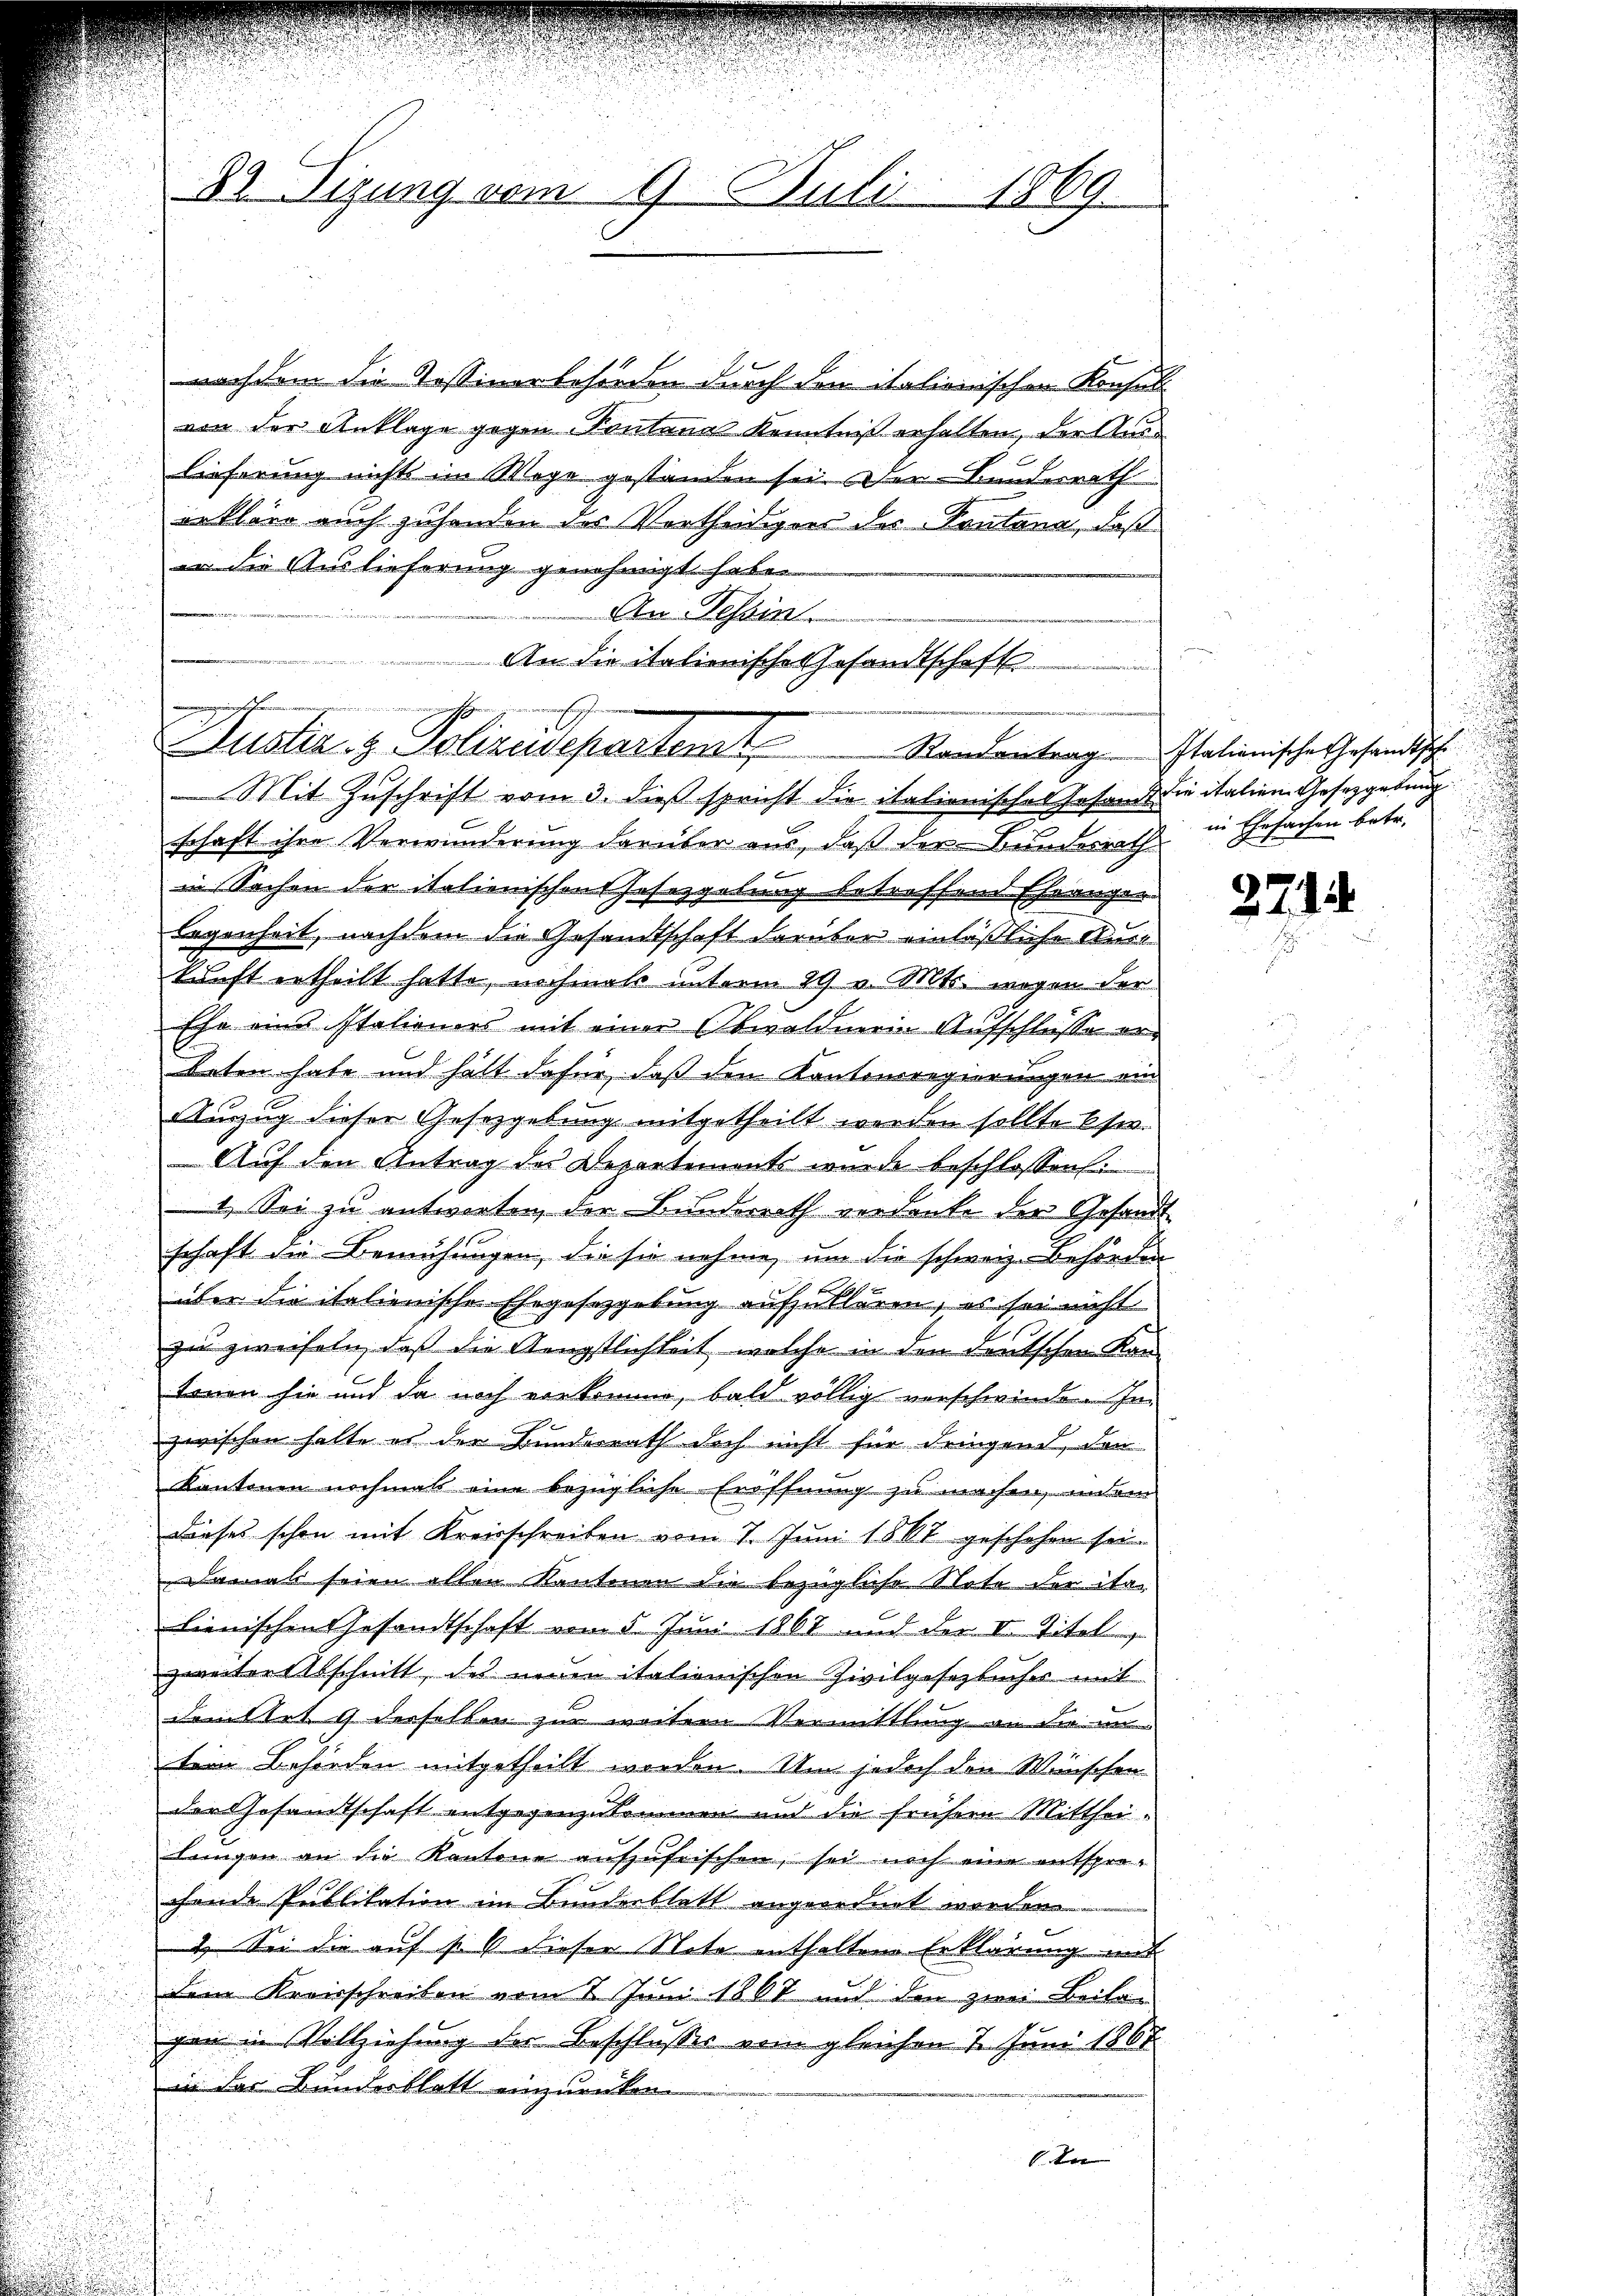
nachdem die Tessiner behörden durch den italionischen Konsul
von der Anklage gegen Kontana Kenntniß erhalten, der Auslieferung nichts im Wege gestanden sei. Der Bunderrath
erkläre auch zuhanden der Vertheidigens des Pantana, daß
en die Auslieferung genehmigt habe.
An Tessin.
An die italienische Gesandtschaft
u
Mit Zuschrift vom 3. dieß spricht die italienisches Gesand die italien Gesetzgebung
schaft ihre Verwunderung darüber aus, daß der Bundesrath
in Sachen der italienischens Gesezgebung betreffend Ehrangelegenheit, nachdem die Gesandtschaft darüber einläßliche Ausa
kunft ertheilt hatte, nochmals unterm 29 v. Mts. wegen der
Ehe eine Italioners mit einer Obwaldnerin Aufschlusse erbeten habe und hält dafür, daß den Kantonsregierungen ein
Auszug dieser Gesetzgebung mitgetheilt worden sollte sie
Auf den Antrag des Departements wurde beschlossen i
1. Sei zu antworten der Bunderrath verdanke der Gesandt
schaft die Bemühungen, die sie nehme, um die schweiz. Behörden
r
über die italienische Ehegesetzgebung aufzuklären, es sei nicht
zu zweifeln, daß die Aengstlichkeit, welche in den deutschen Kan-
tonen sie und da noch vorkomme, bald völlig verschwinden In-
zwischen halte es der Bunderrath doch nicht für dringend, den
Kantonen nochmals eine bezügliche Eröffnung zu machen, indem
Dieses schon mit Kreisschreiben vom 7. Juni 1867 geschehen sei.
Damals seien allen Kantonen die bezügliche Note der italienischen Gesandtschaft vom 5. Juni 1867 und der II. Titel,
zweiter Abschnitt, des neuen itationischen Zivilgesetzbuches mit
dettet 9 derselben zur weitern Vermittlung an die mi
tem Behörden mitgetheilt worden. Um jedoch den Wünschen
der Gesandtschaft entgegenzukommen und die frühern Mittheilungen an die Kantone aufzufrischen, sei noch eine entsprechende Publikation im Bundenblatt angeordnet worden.

2.) Sei die auf § 6 dieser Note enthaltene Erklärung mit
dem Kreisschreiben vom 8. Juni 1867 und den zwei Breita
gen in Vollziehung der Beschlusses vom gleichen 7 Juni 1867
in der Bundesblatt einzurücken.
 In

82. Sizung vom 1. Juli 1869.

h

hge
Justiz & Polizeidepartenst

Randentrag. Italionische Gesandtsch

in Ehrfachen betr.

2212